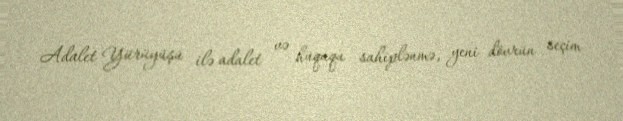
Adalet Yürüyüşü ilə adalet və hüququ sahiplənmə, yeni dövrün seçim